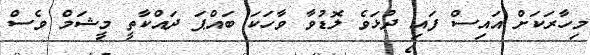
މިހާރަކަށް އައިސް ފައި ދުޅަވެ ލޮޑުވާ ވާހަކަ ބައްޕަ ދައްކާތީ މީޝަމް ވެސް